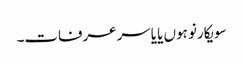
سویکارنو ہوں یا یاسرعرفات۔